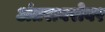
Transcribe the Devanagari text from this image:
अंतराबरोबर